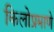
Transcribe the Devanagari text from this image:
किलोप्रमाणे